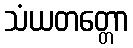
သံယတတ္တော